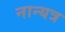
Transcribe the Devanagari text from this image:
नान्यत्र